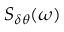
S _ { \delta \theta } ( \omega )